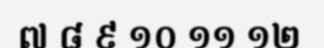
៧ ៨ ៩ ១០ ១១ ១២